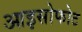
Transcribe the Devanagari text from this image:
आइसोफोट